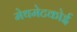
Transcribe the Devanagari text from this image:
मेथमेटकोई